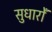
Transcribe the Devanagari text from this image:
सुधारोँ